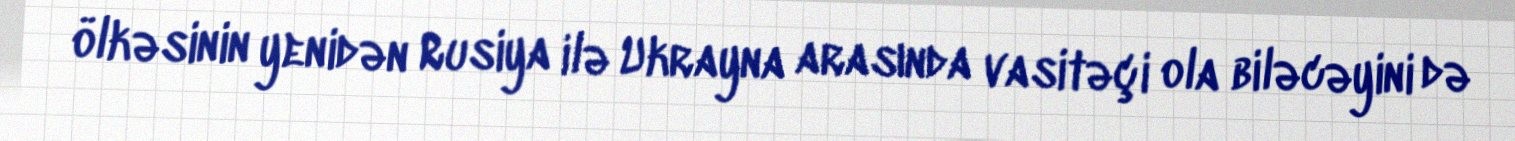
ölkəsinin yenidən Rusiya ilə Ukrayna arasında vasitəçi ola biləcəyini də